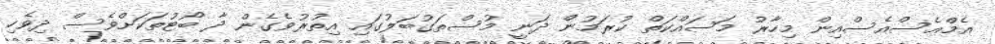
އެމްއެސްއެސްއިން މިހާރު މަސައްކަތް ކުރަމުން ދަނީ މުސްތަގުބަލުގައި އިތުރުވެގެން ދާ ބޯޓުތަކަށްވެސް ދިވެހި